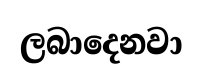
ලබාදෙනවා